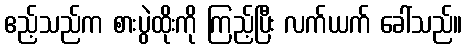
ဧည့်သည်က စားပွဲထိုးကို ကြည့်ပြီး လက်ယက် ခေါ်သည်။